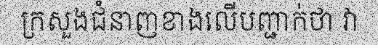
ក្រសួងជំនាញខាងលើបញ្ជាក់ថា វា